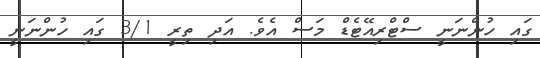
ގައި ހުންނަނީ ސްޓްރިއޭޓެޑް މަސް އެވެ. އަދި ތިރީ 3/1 ގައި ހުންނަނީ